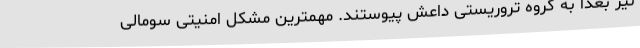
نیز بعدا به گروه تروریستی داعش پیوستند. مهمترین مشکل امنیتی سومالی